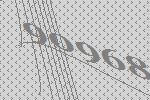
90968